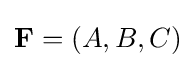
\mathbf {F} =(A,B,C)